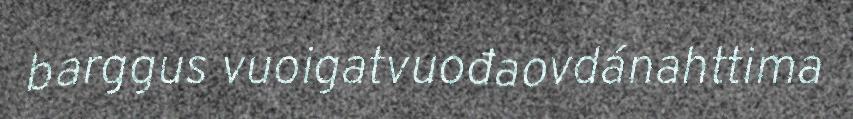
barggus vuoigatvuođaovdánahttima